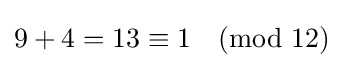
9+4=13\equiv 1{\pmod {12}}